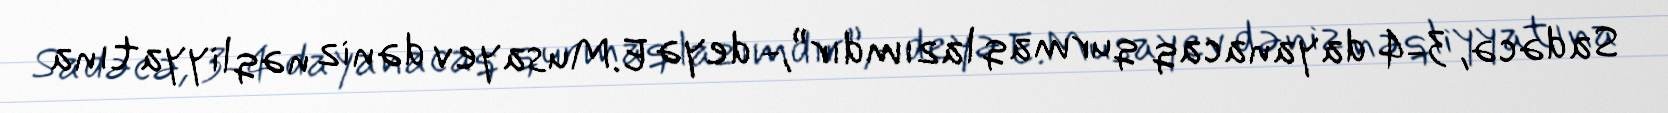
Sadəcə, 3-4 dayanacaq qurmaq lazımdır”,- deyə E.Musayev dəniz nəqliyyatına